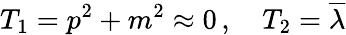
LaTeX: T_{1}=p^{2}+m^{2}\approx 0\, ,\quad T_{2}=\overline{{{\lambda}}}